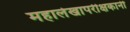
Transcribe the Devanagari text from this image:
महालेखापरीक्षकानी